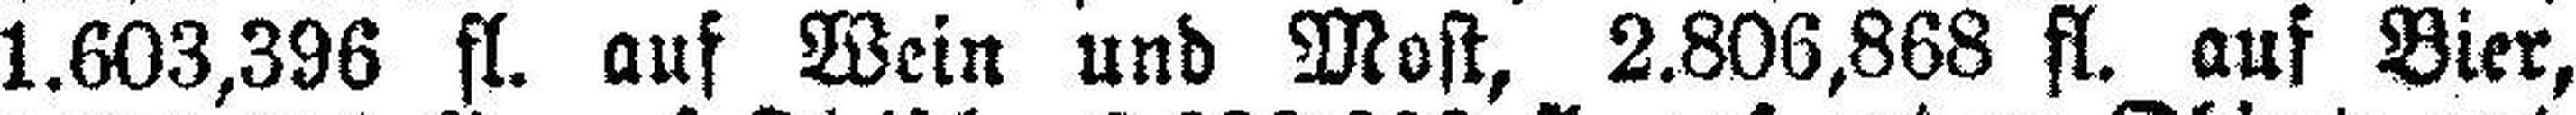
1.603,396 fl. auf Wein und Most, 2.806,868 fl. auf Bier,